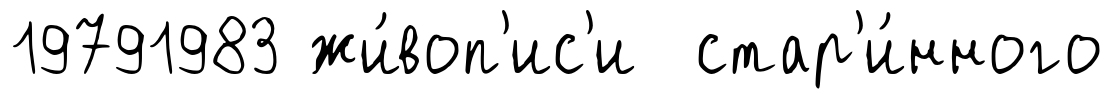
19791983 жи́воп'ис'и стар'и́нного